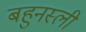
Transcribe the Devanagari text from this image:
बहुनस्ली